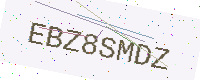
Text: EBZ8SMDZ